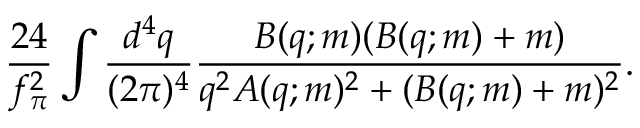
\frac { 2 4 } { f _ { \pi } ^ { 2 } } \int \frac { d ^ { 4 } q } { ( 2 \pi ) ^ { 4 } } \frac { B ( q ; m ) ( B ( q ; m ) + m ) } { q ^ { 2 } A ( q ; m ) ^ { 2 } + ( B ( q ; m ) + m ) ^ { 2 } } .